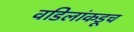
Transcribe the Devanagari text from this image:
वडिलांकडूच